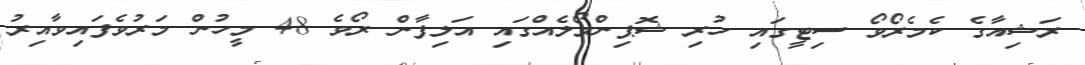
ރަޝިއާގެ ކެމެރޯވޯ ސިޓީގައި ހުރި ޝޮޕިންމޯލެއްގައި އަލިފާން ރޯވެ 48 މީހުން މަރުވެފައިވާއިރު